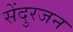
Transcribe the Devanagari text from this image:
सेंदुरजन